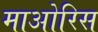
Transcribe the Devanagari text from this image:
माओरिस